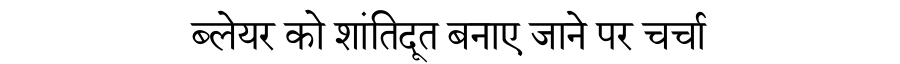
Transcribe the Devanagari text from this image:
ब्लेयर को शांतिदूत बनाए जाने पर चर्चा